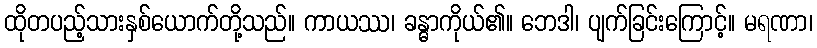
ထိုတပည့်သားနှစ်ယောက်တို့သည်။ ကာယဿ၊ ခန္ဓာကိုယ်၏။ ဘေဒါ၊ ပျက်ခြင်းကြောင့်။ မရဏာ၊